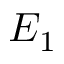
E _ { 1 }